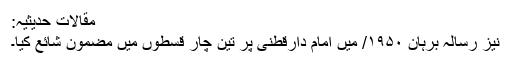
مقالات حدیثیہ:
نیز رسالہ برہان ۱۹۵۰/ میں امام دارقطنی پر تین چار قسطوں میں مضمون شائع کیا۔